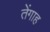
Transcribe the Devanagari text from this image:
तेंगाह